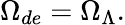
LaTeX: \Omega_{de}=\Omega_{\Lambda}.